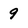
Character: 9